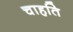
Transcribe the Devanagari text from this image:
चाहति